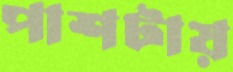
পাশটায়